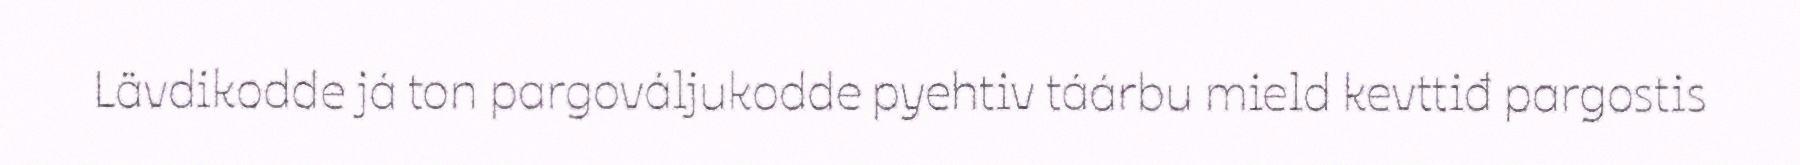
Lävdikodde já ton pargováljukodde pyehtiv táárbu mield kevttiđ pargostis